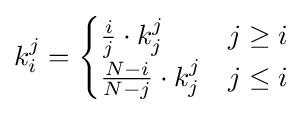
k_{i}^{j}={\begin{cases}{\frac {i}{j}}\cdot k_{j}^{j}&j\geq i\\{\frac {N-i}{N-j}}\cdot k_{j}^{j}&j\leq i\end{cases}}